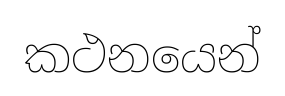
කථනයෙන්